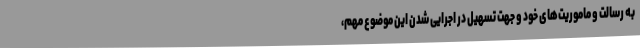
به رسالت و ماموریت‌های خود و جهت تسهیل در اجرایی شدن این موضوع مهم،